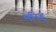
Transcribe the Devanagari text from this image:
मरिहू